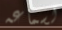
لسماعه